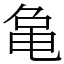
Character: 𬺞